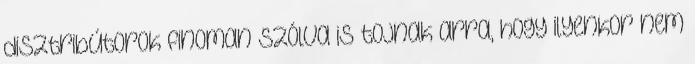
disztribútorok finoman szólva is tojnak arra, hogy ilyenkor nem